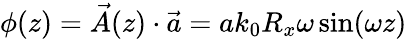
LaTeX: \phi(z)=\vec{A}(z)\cdot\vec{a}=ak_{0}R_{x}\omega\sin(\omega z)